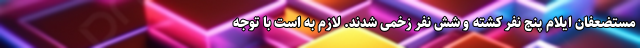
مستضعفان ایلام پنج نفر کشته و شش نفر زخمی شدند. لازم به است با توجه